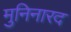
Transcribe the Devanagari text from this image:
मुनिनारद